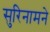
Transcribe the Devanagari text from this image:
सुरिनामने